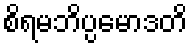
စိရမဘိပ္ပမောဒတိ